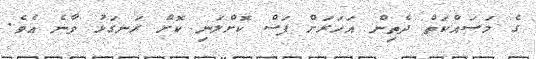
ގެ މަސައްކަތް ދެތިން އަހަރަށް ފަސް ކޮށްލަނި ކޮށް ރަނގަޅު ވާނެ އެވެ.